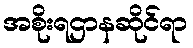
အစိုးရဌာနဆိုင်ရာ